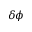
\delta \phi